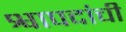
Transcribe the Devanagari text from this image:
श्वापदांची